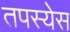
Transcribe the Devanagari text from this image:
तपस्येस